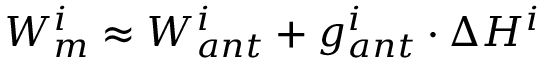
W _ { m } ^ { i } \approx W _ { a n t } ^ { i } + g _ { a n t } ^ { i } \cdot \Delta H ^ { i }